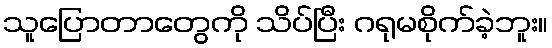
သူပြောတာတွေကို သိပ်ပြီး ဂရုမစိုက်ခဲ့ဘူး။